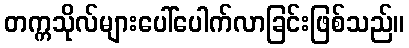
တက္ကသိုလ်များပေါ်ပေါက်လာခြင်းဖြစ်သည်။